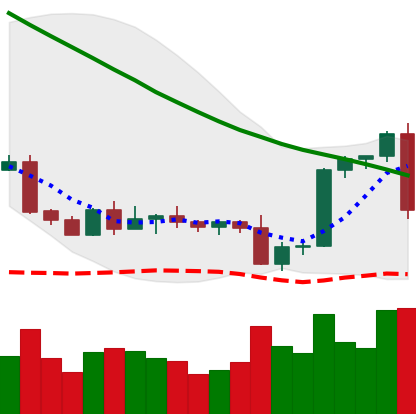
Ticker: BTC-USD
Chart end date: 2022-09-13
Forward return: -4.322%
Label: down_3_5